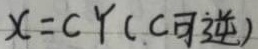
$X=CY\$(C可逆)